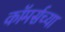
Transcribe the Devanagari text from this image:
कॉमर्सच्या